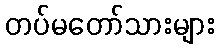
တပ်မတော်သားများ